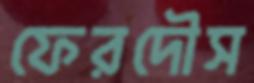
ফেরদৌস